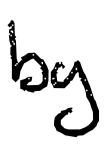
Text: by
Cross-out: clean
Writing tool: digital_black